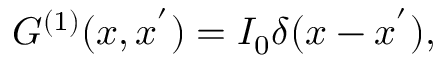
G ^ { ( 1 ) } ( x , x ^ { ' } ) = I _ { 0 } \delta ( x - x ^ { ' } ) ,